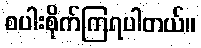
စပါးစိုက်ကြရပါတယ်။